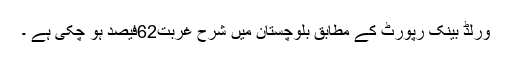
ورلڈ بینک رپورٹ کے مطابق بلوچستان میں شرح غربت62فیصد ہو چکی ہے ۔